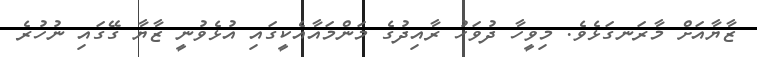
ޒާޔާއަށް މާރަނގަޅެވެ. މިވީހާ ދުވަހު ރާއިދުގެ މަންމައާއެކީގައި އުޅެވުނީ ޒާޔާ ގޭގައި ނުހުރެ